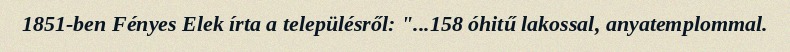
1851-ben Fényes Elek írta a településről: "...158 óhitű lakossal, anyatemplommal.